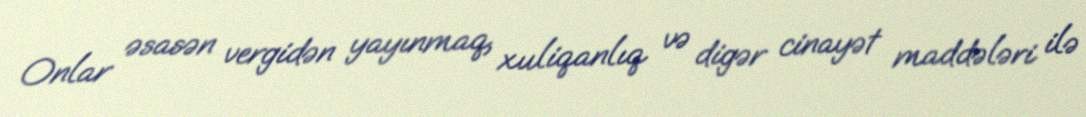
Onlar əsasən vergidən yayınmaq, xuliqanlıq və digər cinayət maddələri ilə